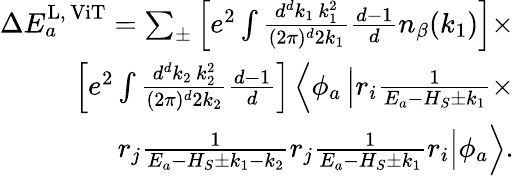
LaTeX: \begin{array}{r}{\Delta E_{a}^{\mathrm{L,\, ViT}}=\sum_{\pm}\left[e^{2}\int\frac{d^{d}k_{1}\, k_{1}^{2}}{(2\pi)^{d}2k_{1}}\frac{d-1}{d}n_{\beta}(k_{1})\right]\times}\\ {\left[e^{2}\int\frac{d^{d}k_{2}\, k_{2}^{2}}{(2\pi)^{d}2k_{2}}\frac{d-1}{d}\right]\left\langle\phi_{a}\left|r_{i}\frac{1}{E_{a}-H_{S}\pm k_{1}}\times\right.\right.}\\ {\left.\left.r_{j}\frac{1}{E_{a}-H_{S}\pm k_{1}-k_{2}}r_{j}\frac{1}{E_{a}-H_{S}\pm k_{1}}r_{i}\right|\phi_{a}\right\rangle.}\end{array}